Regulations for the medical services of the Army of India
Year: 1930
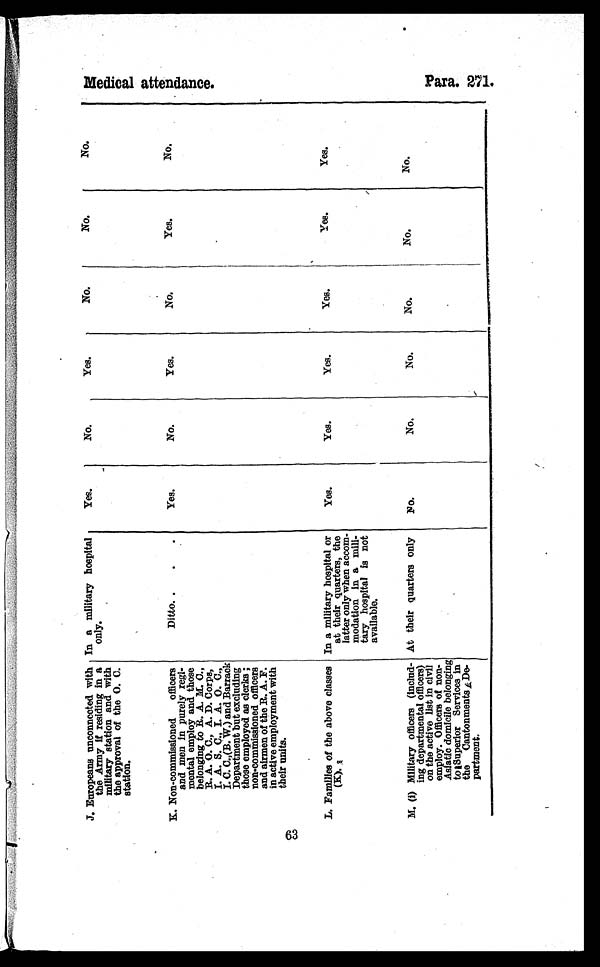
J. Europeans unconnected with
the Army If residing in a
military station and with
the approval of the O. C.
station.
In a military hospital
only.
Yes.
No.
Yes.
No.
No.
No.
K. Non-commissioned officers
and men in purely regi-
mental employ and those
belonging to It. A. M. C.,
R. A. O. C., A. D. Corps,
I. A. S. C., I. A. O. C.,
I. C. C.,(B. W.) and Barrack
Department but excluding
those employed as clerks;
non-commissioned officers
and airmen of the R. A. F.
in active employment with
their units.
Ditto
Yes.
No.
Yes.
No.
Yes.
No.
L. Families of the above classes
(K).
In a military hospital or
at their quarters, the
latter only when accom-
modation in a mili-
tary hospital is not
available.
Yes.
Yes.
Yes.
Yes.
Yes.
Yes.
M. (i) Military officers (includ-
ing departmental officers)
on the active list in civil
employ. Officers of non-
Asiatic domicile belonging
to Superior Services in
the Cantonments De-
partment.
At their quarters only
N o .
No.
No.
No.
No.
No.
P a r a . 2 7 1 .